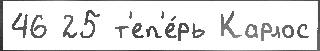
46 25 т'еп'е́рь Карлос